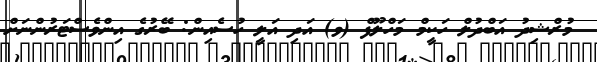
މުރްޝިދު އަބްދުލް ހަކީމް މަހްލޫފް (ވ) އަދި އަލީ ހުސެއިން: ބޭރުގެ އިންވެސްޓަރުންނަށް